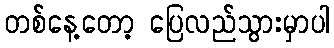
တစ်နေ့တော့ ပြေလည်သွားမှာပါ